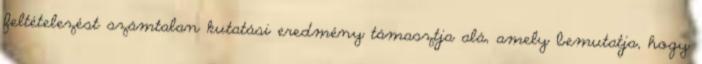
feltételezést számtalan kutatási eredmény támasztja alá, amely bemutatja, hogy